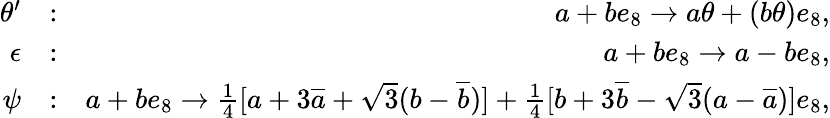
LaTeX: \begin{array}{rlr}{\theta^{\prime}}&{:}&{a+be_{8}\rightarrow a\theta+(b\theta)e_{8},}\\ {\epsilon}&{:}&{a+be_{8}\rightarrow a-be_{8},}\\ {\psi}&{:}&{a+be_{8}\rightarrow\frac{1}{4}[a+3\overline{{a}}+\sqrt{3}(b-\overline{{b}})]+\frac{1}{4}[b+3\overline{{b}}-\sqrt{3}(a-\overline{{a}})]e_{8},}\end{array}